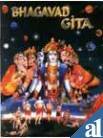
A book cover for Bhagavad Gita (Har Anand Children Classics) Colour Illustatied; Rosetta Williams; Children's Books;